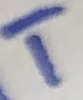
Text: T